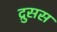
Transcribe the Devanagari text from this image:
द्रुसस